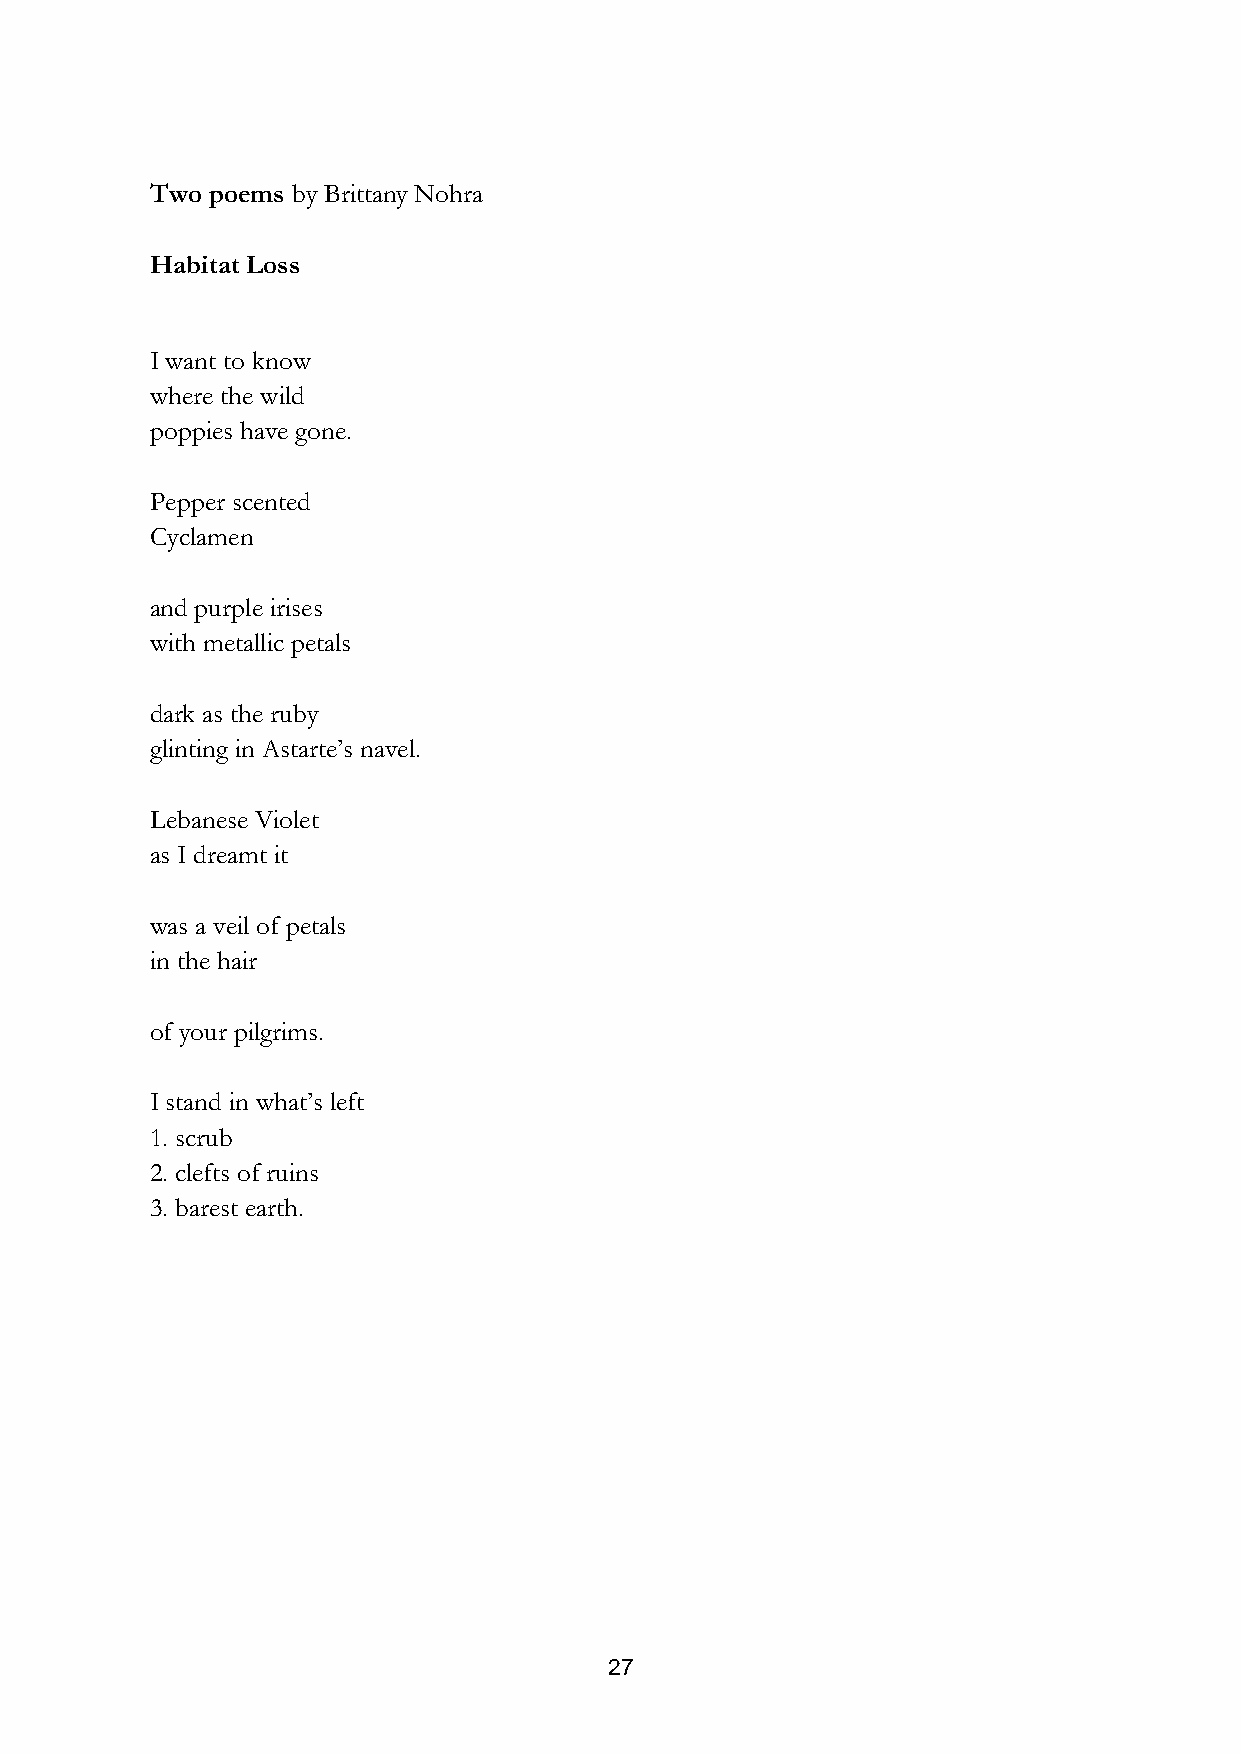
Two poems by Brittany Nohra
 Habitat Loss
 I want to know
 where the wild
 poppies have gone.
 Pepper scented
 Cyclamen
 and purple irises
 with metallic petals
 dark as the ruby
 glinting in Astarte’s navel.
 Lebanese Violet
 as I dreamt it
 was a veil of petals
 in the hair
 of your pilgrims.
 I stand in what’s left
 1. scrub
 2. clefts of ruins
 3. barest earth.
 27